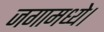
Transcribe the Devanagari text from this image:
जगामध्ये।